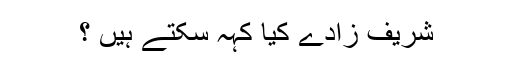
شریف زادے کیا کہہ سکتے ہیں ؟